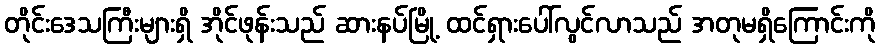
တိုင်းဒေသကြီးများရှိ အိုင်ဖုန်းသည် ဆားနပ်မြို့ ထင်ရှားပေါ်လွင်လာသည် အတုမရှိကြောင်းကို